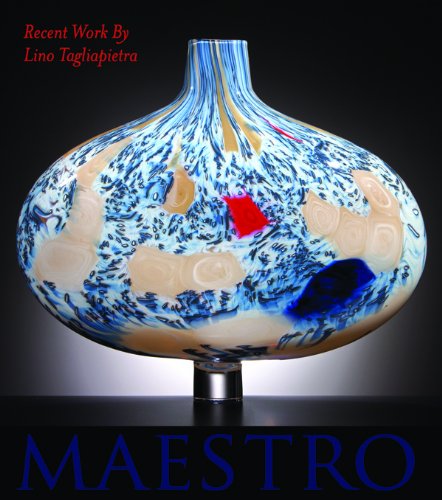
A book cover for Maestro: Recent Work by Lino Tagliapietra; Claudia Gorbman; Arts & Photography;